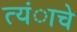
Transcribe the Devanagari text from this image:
त्यंाचे